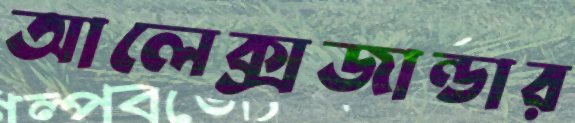
আলেক্সজান্ডার